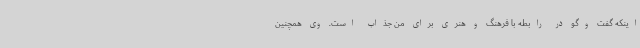
اینکه گفت وگو در رابطه با فرهنگ و هنری برای من جذاب است. وی همچنین